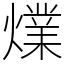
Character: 㸁